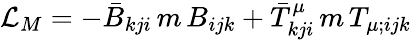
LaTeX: {\cal L}_{M}=-\bar{B}_{kji}\, m\, B_{ijk}+\bar{T}_{kji}^{\mu}\, m\, T_{\mu;ijk}